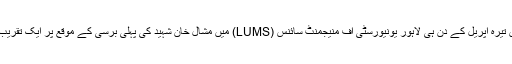
دوسرے واقعے میں تیرہ اپریل کے دن ہی لاہور یونیورسٹی آف منیجمنٹ سائنس (LUMS) میں مشال خان شہید کی پہلی برسی کے موقع پر ایک تقریب پلان کی گئی تھی۔